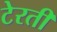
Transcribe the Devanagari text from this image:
टेरती